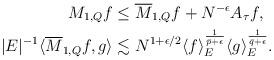
LaTeX: \begin{align*} M _{1,Q} f & \leq \overline M _{1,Q} f + N^{- \epsilon} A _{\tau } f , \\\lvert E\rvert ^{-1} \langle \overline M_{1,Q} f, g \rangle & \lesssim N ^{1+ \epsilon /2} \langle f \rangle _{E} ^{\frac1{\bar p + \epsilon} } \langle g \rangle _{E} ^{ \frac 1{\bar q + \epsilon } }. \end{align*}